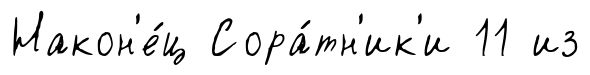
Након'е́ц Сора́тн'ик'и 11 из